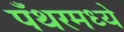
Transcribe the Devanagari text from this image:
पँथरमध्ये